Cholera in southern India
Disease focus: Cholera
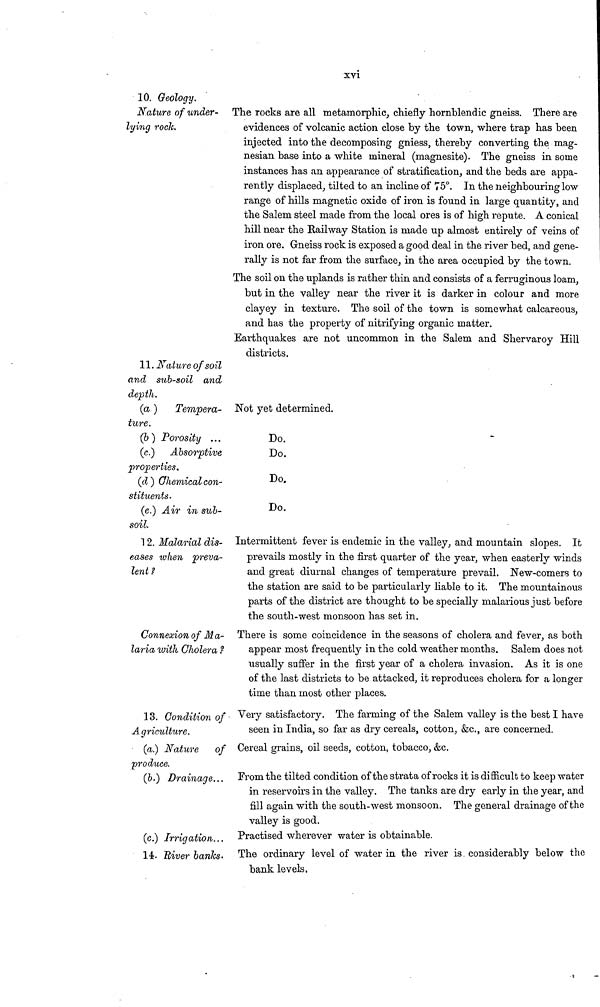
xvi
10. Geology.
Nature of under-
lying roch.
The rocks are all metamorphic, chiefly hornblendic gneiss. There are
evidences of volcanic action close by the town, where trap has been
injected into the decomposing gniess, thereby converting the mag-
nesian base into a white mineral (magnesite). The gneiss in some
instances has an appearance of stratification, and the beds are appa-
rently displaced, tilted to an incline of 75°. In the neighbouring low
range of hills magnetic oxide of iron is found in large quantity, and
the Salem steel made from the local ores is of high repute. A conical
hill near the Railway Station is made up almost entirely of veins of
iron ore. Gneiss rock is exposed a good deal in the river bed, and gene-
rally is not far from the surface, in the area occupied by the town.
The soil on the uplands is rather thin and consists of a ferruginous loam,
but in the valley near the river it is darker in colour and more
clayey in texture. The soil of the town is somewhat calcareous,
and has the property of nitrifying organic matter.
Earthquakes are not uncommon in the Salem and Shervaroy Hill
districts.
11. Nature of soil
and sub-soil and
depth.
(a ) Tempera-
ture.
Not yet determined.
(b ) Porosity ...
Do.
(c.) Absorptive
properties.
Do.
(d ) Chemical con-
stituents.
Do.
(e.) Air in sub-
soil.
Do.
12. Malarial dis-
eases when preva-
lent ?
Intermittent fever is endemic in the valley, and mountain slopes. It
prevails mostly in the first quarter of the year, when easterly winds
and great diurnal changes of temperature prevail. New-comers to
the station are said to be particularly hable to it. The mountainous
parts of the district are thought to be specially malarious just before
the south-west monsoon has set in.
Connexion of Ma-
laria with Cholera ?
There is some coincidence in the seasons of cholera and fever, as both
appear most frequently in the cold weather months. Salem does not
usually suffer in the first year of a cholera invasion. As it is one
of the last districts to be attacked, it reproduces cholera for a longer
time than most other places.
13. Condition of
Agriculture.
Very satisfactory. The farming of the Salem valley is the best I have
seen in India, so far as dry cereals, cotton, &c., are concerned.
(a.) Nature of
produce.
Cereal grains, oil seeds, cotton, tobacco, &c.
(b.) Drainage... From the tilted condition of the strata of rocks it is difficult to keep water
in reservoirs in the valley. The tanks are dry early in the year, and
fill again with the south-west monsoon. The general drainage of the
valley is good.
(c.) Irrigation... Practised wherever water is obtainable.
14. River banks. The ordinary level of water in the river is considerably below the
bank levels.